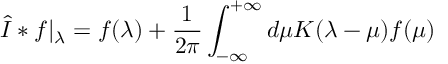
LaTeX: \widehat { \cal I } * f \vert _ { \lambda } = f ( \lambda ) + { \frac { 1 } { 2 \pi } } \int _ { - \infty } ^ { + \infty } d \mu K ( \lambda - \mu ) f ( \mu )